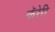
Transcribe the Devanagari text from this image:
कॅरेरी